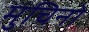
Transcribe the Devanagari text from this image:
मुचिनो